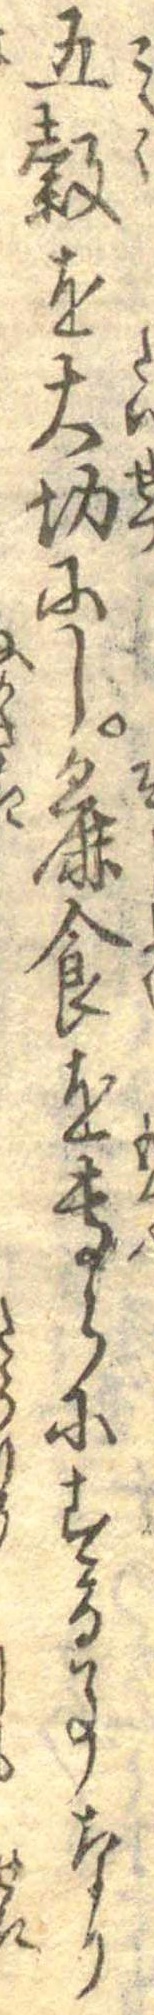
五穀を大切にし麁食を専らにする事なり